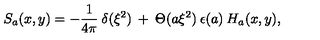
S _ { a } ( x , y ) = - \frac { 1 } { 4 \pi } \: \delta ( \xi ^ { 2 } ) \: + \: \Theta ( a \xi ^ { 2 } ) \: \epsilon ( a ) \: H _ { a } ( x , y ) ,